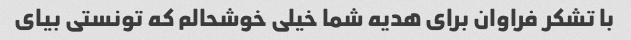
با تشکر فراوان برای هدیه شما خیلی خوشحالم که تونستی بیای